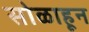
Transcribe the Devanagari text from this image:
सोळाहून